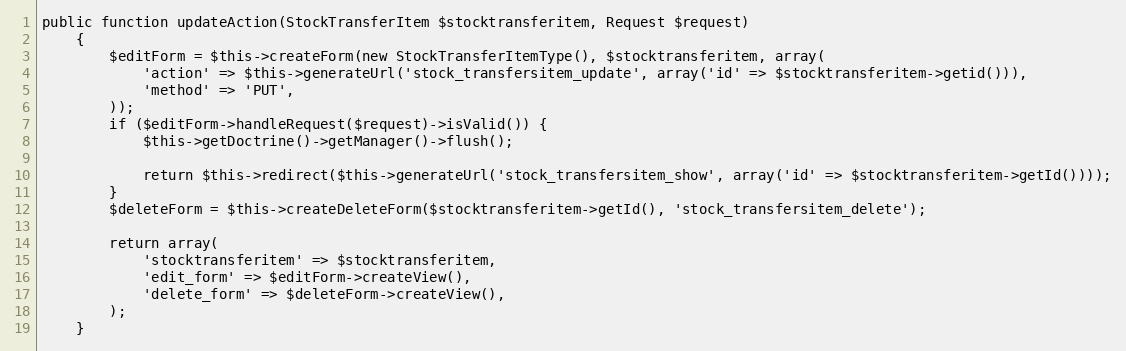
Language: PHP
public function updateAction(StockTransferItem $stocktransferitem, Request $request)
    {
        $editForm = $this->createForm(new StockTransferItemType(), $stocktransferitem, array(
            'action' => $this->generateUrl('stock_transfersitem_update', array('id' => $stocktransferitem->getid())),
            'method' => 'PUT',
        ));
        if ($editForm->handleRequest($request)->isValid()) {
            $this->getDoctrine()->getManager()->flush();

            return $this->redirect($this->generateUrl('stock_transfersitem_show', array('id' => $stocktransferitem->getId())));
        }
        $deleteForm = $this->createDeleteForm($stocktransferitem->getId(), 'stock_transfersitem_delete');

        return array(
            'stocktransferitem' => $stocktransferitem,
            'edit_form' => $editForm->createView(),
            'delete_form' => $deleteForm->createView(),
        );
    }